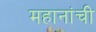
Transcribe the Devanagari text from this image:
महानांची